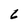
Character: 6